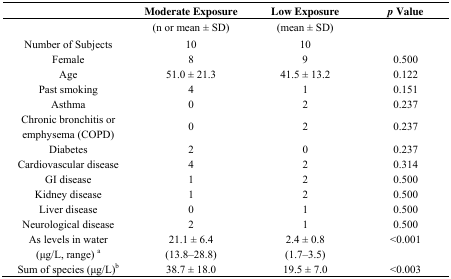
|  | Moderate Exposure | Low Exposure | p Value |
 | --- | --- | --- | --- |
 |  | (n or mean ± SD) | (mean ± SD) |  |
 | Number of Subjects | 10 | 10 |  |
 | Female | 8 | 9 | 0.500 |
 | Age | 51.0 ± 21.3 | 41.5 ± 13.2 | 0.122 |
 | Past smoking | 4 | 1 | 0.151 |
 | Asthma | 0 | 2 | 0.237 |
 | Chronic bronchitis or emphysema (COPD) | 0 | 2 | 0.237 |
 | Diabetes | 2 | 0 | 0.237 |
 | Cardiovascular disease | 4 | 2 | 0.314 |
 | GI disease | 1 | 2 | 0.500 |
 | Kidney disease | 1 | 2 | 0.500 |
 | Liver disease | 0 | 1 | 0.500 |
 | Neurological disease | 2 | 1 | 0.500 |
 | As levels in water | 21.1 ± 6.4 | 2.4 ± 0.8 | <0.001 |
 | (μg/L, range) a | (13.8–28.8) | (1.7–3.5) |  |
 | Sum of species (μg/L)b | 38.7 ± 18.0 | 19.5 ± 7.0 | <0.003 |